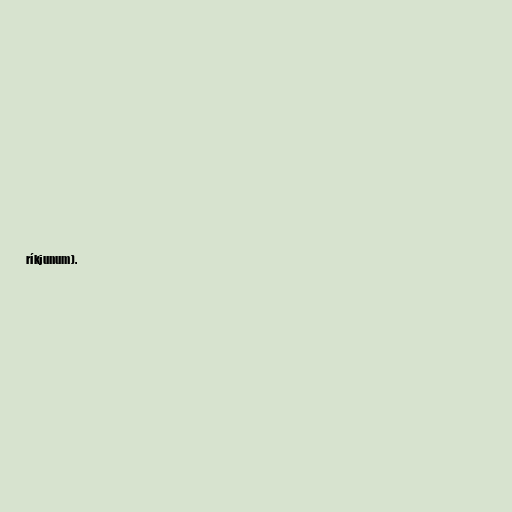
ríkjunum).